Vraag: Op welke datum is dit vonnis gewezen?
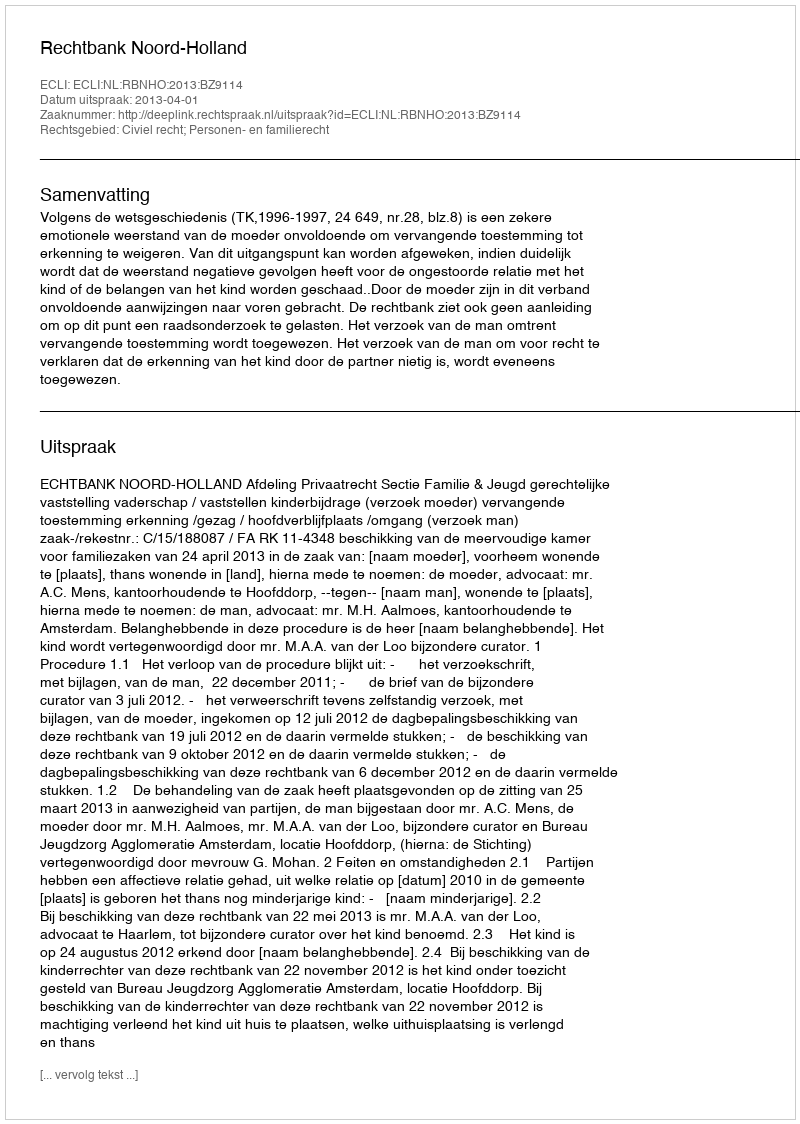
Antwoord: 2013-04-01